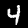
Label: 4